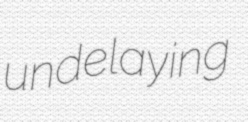
undelaying